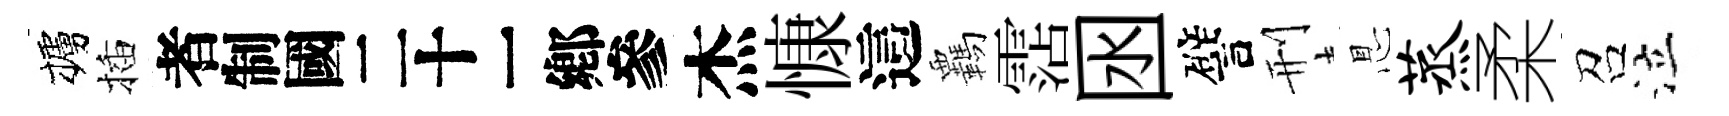
櫨插识杰慷這覊霑囦譬刑㤙蒸柔召泣